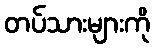
တပ်သားများကို